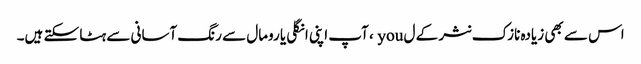
اس سے بھی زیادہ نازک نثر کے ل you ، آپ اپنی انگلی یا رومال سے رنگ آسانی سے ہٹا سکتے ہیں۔